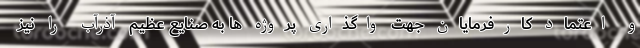
و اعتماد کارفرمایان جهت واگذاری پروژه ‌ها به صنایع عظیم آذرآب را نیز